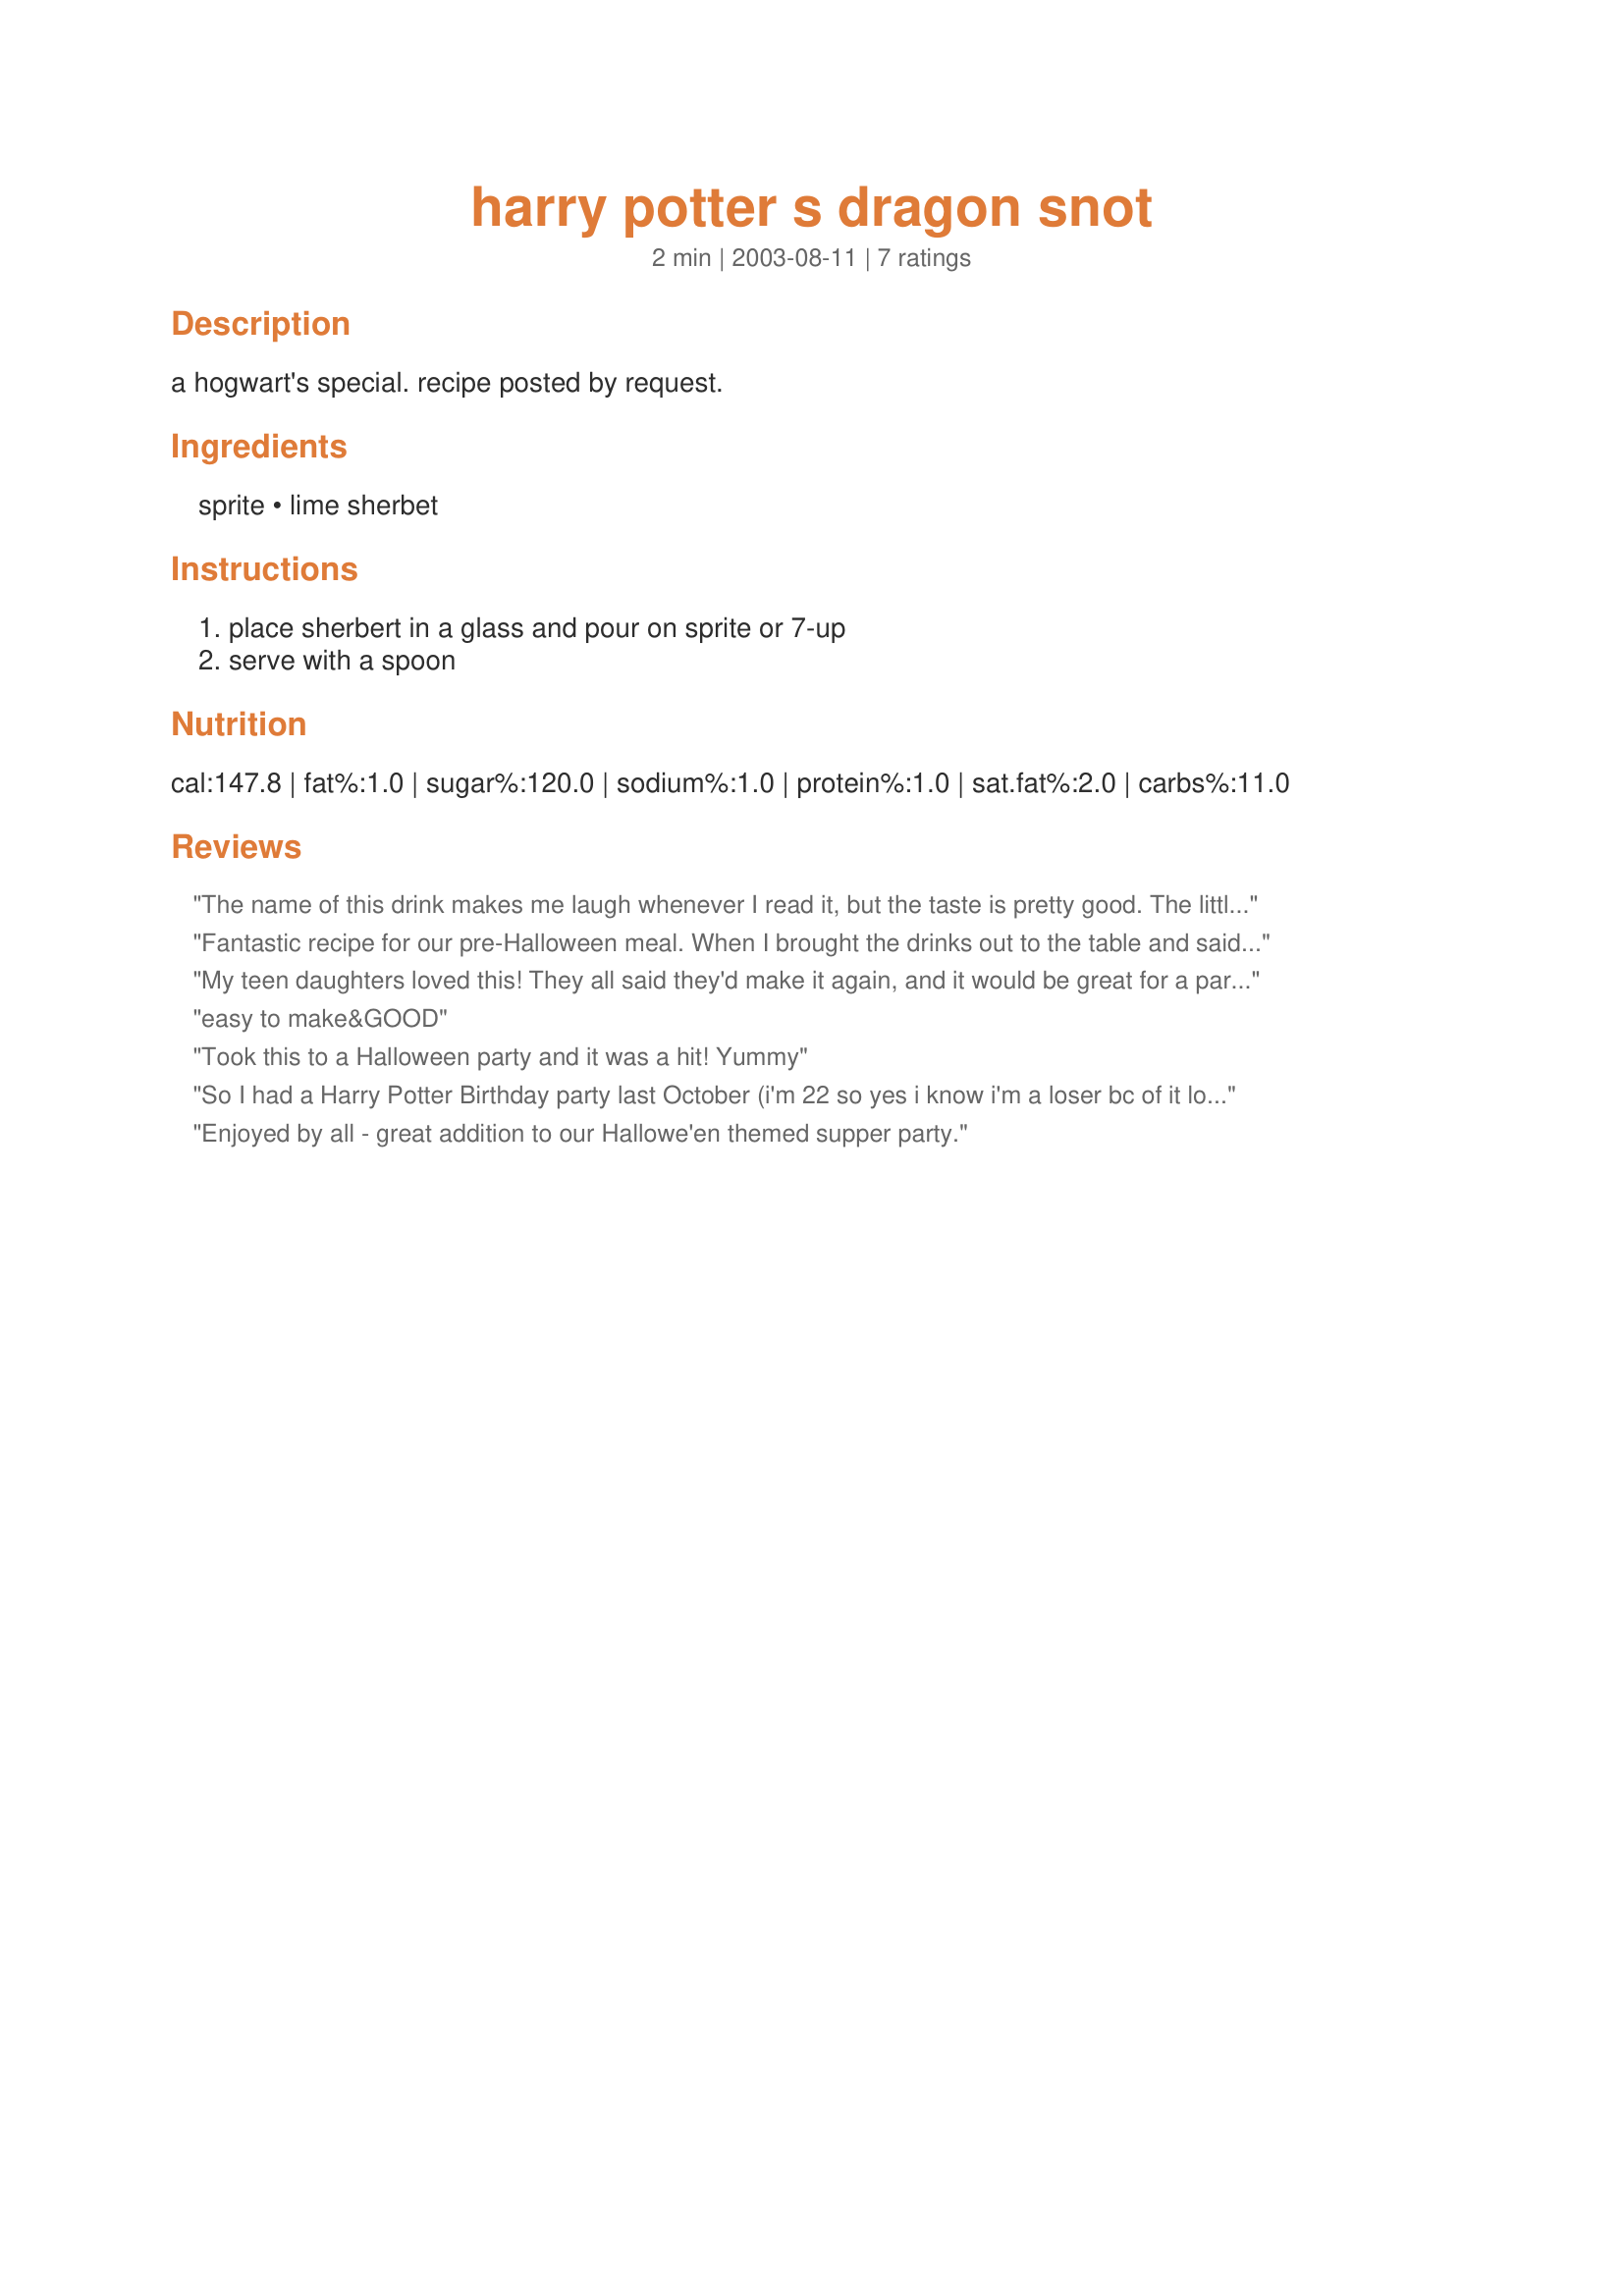
harry potter s dragon snot
Preparation time: 2 minutes

a hogwart's special. recipe posted by request.

Ingredients:
sprite, lime sherbet

Steps:
place sherbert in a glass and pour on sprite or 7-up, serve with a spoon

Reviews:
The name of this drink makes me laugh whenever I read it, but the taste is pretty good. The little girl I made it for was very excited to be having a Harry Potter special. Thanks, Auntie Di, for posting this on my request!
Fantastic recipe for our pre-Halloween meal. When I brought the drinks out to the table and said what they were my DS (5yrs old) was skeptical about trying...LOL. But after some coaxing he finally tried it and loved it. My DD's both went to school and told everyone they had dragon snot last night....omg....lol. I served this with #142591 Snake sandwiches and #250903 Mac-o-lantern the night before Halloween for our pumpking carving evening. Thank you soooo much formaking our evening even more memorable....Stephanie
My teen daughters loved this! They all said they'd make it again, and it would be great for a party soft drink.
easy to make&GOOD
Took this to a Halloween party and it was a hit! Yummy
So I had a Harry Potter Birthday party last October (i'm 22 so yes i know i'm a loser bc of it lol) My husband and I are huge mountain dew fans so I used that instead and it was sooooo good. I only had like 10 people at my party and 2 other drinks (pumpkin juice and butter beer) and this one was the only one i had to refill not once not twice but 3 TIMES!!!! It was amazing! it was a real treat and my husband still requests it sometimes with dinner! very good drink! thank you!
Enjoyed by all - great addition to our Hallowe'en themed supper party.
